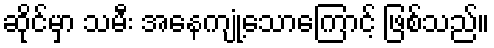
ဆိုင်မှာ သမီး အနေကျုံ့သောကြောင့် ဖြစ်သည်။